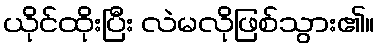
ယိုင်ထိုးပြီး လဲမလိုဖြစ်သွား၏။